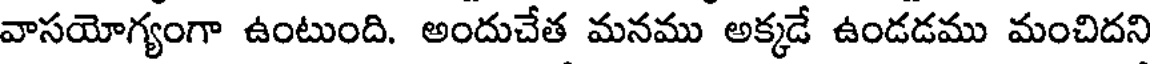
వాసయోగ్యంగా ఉంటుంది. అందుచేత మనము అక్కడే ఉండడము మంచిదని